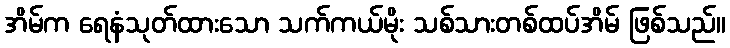
အိမ်က ရေနံသုတ်ထားသော သက်ကယ်မိုး သစ်သားတစ်ထပ်အိမ် ဖြစ်သည်။